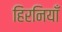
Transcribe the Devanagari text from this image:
हिरनियाँ